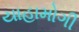
યાહામોગી